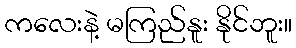
ကလေးနဲ့ မကြည်နူး နိုင်ဘူး။